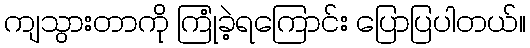
ကျသွားတာကို ကြုံခဲ့ရကြောင်း ပြောပြပါတယ်။